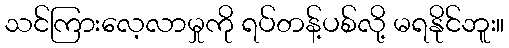
သင်ကြားလေ့လာမှုကို ရပ်တန့်ပစ်လို့ မရနိုင်ဘူး။